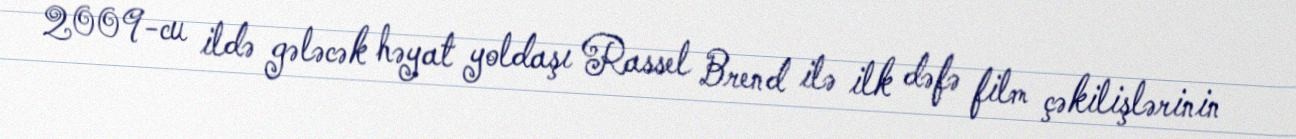
2009-cu ildə gələcək həyat yoldaşı Rassel Brend ilə ilk dəfə film çəkilişlərinin